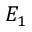
E _ { 1 }